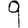
Digit: 9